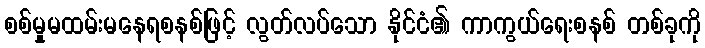
စစ်မှုမထမ်းမနေရစနစ်ဖြင့် လွတ်လပ်သော နိုင်ငံ၏ ကာကွယ်ရေးစနစ် တစ်ခုကို